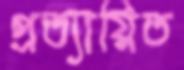
প্রত্যায়িত